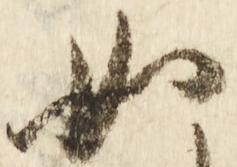
如